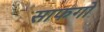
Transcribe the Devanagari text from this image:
साफगो